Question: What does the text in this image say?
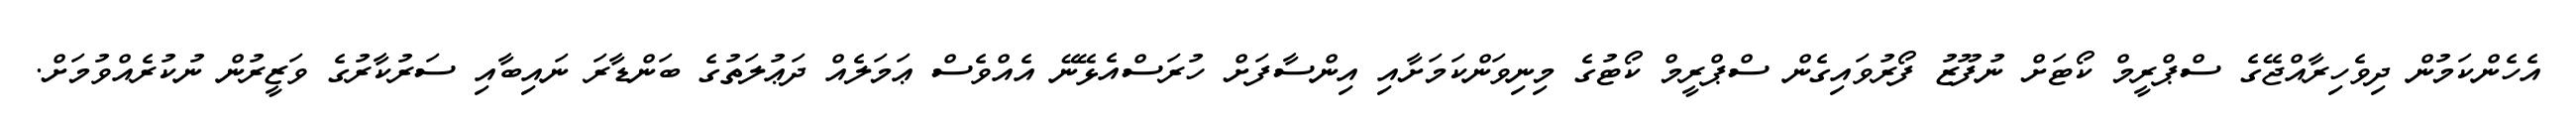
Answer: އެހެންކަމުން ދިވެހިރާއްޖޭގެ ސްޕްރީމް ކޯޓަށް ނުފޫޒު ފޯރުވައިގެން ސްޕްރީމް ކޯޓުގެ މިނިވަންކަމަށާއި އިންސާފަށް ހުރަސްއެޅޭނޭ އެއްވެސް ޢަމަލެއް ދަޢުލަތުގެ ބަންޑާރަ ނައިބާއި ސަރުކާރުގެ ވަޒީރުން ނުކުރެއްވުމަށް.